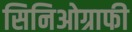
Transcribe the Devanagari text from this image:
सिनिओग्राफी